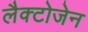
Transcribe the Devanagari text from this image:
लैक्टोजेन